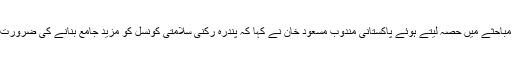
کونسل میں مناسب نمائندگی کے حصول کے بارے میں جنرل اسمبلی کے مباحثے میں حصہ لیتے ہوئے پاکستانی مندوب مسعود خان نے کہا کہ پندرہ رکنی سلامتی کونسل کو مزید جامع بنانے کی ضرورت ہے کیونکہ اقوام متحدہ کا تعلق منتخب ملکوں سے نہیں بلکہ سب سے ہے۔